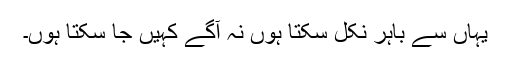
یہاں سے باہر نکل سکتا ہوں نہ آگے کہیں جا سکتا ہوں۔